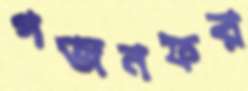
গজনফর